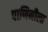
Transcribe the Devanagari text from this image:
पाणिनीला